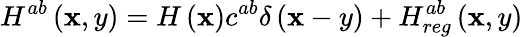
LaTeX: H^{ab}\left(\mathbf{x},y\right)=H\left(\mathbf{x}\right)c^{ab}\delta\left(\mathbf{x}-y\right)+H_{reg}^{ab}\left(\mathbf{x},y\right)